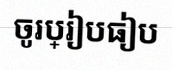
ចូរប្រៀបធៀប